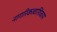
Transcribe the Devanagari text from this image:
नागरिकत्वाशिवाय